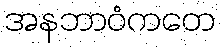
အနဘာဝံကတေ